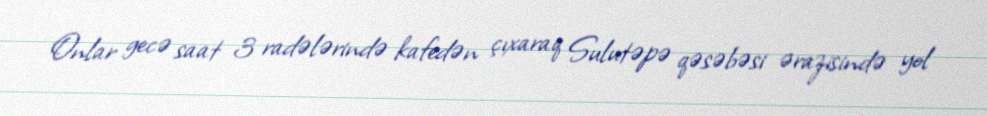
Onlar gecə saat 3 radələrində kafedən çıxaraq Sulutəpə qəsəbəsi ərazisində yol